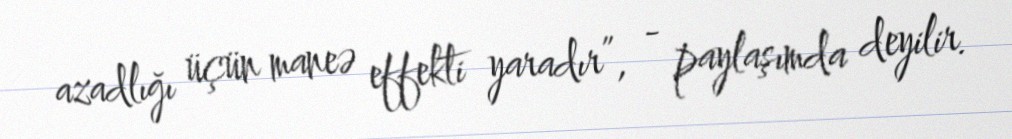
azadlığı üçün maneə effekti yaradır”, - paylaşımda deyilir.